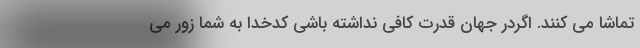
تماشا مي كنند. اگردر جهان قدرت كافي نداشته باشي كدخدا به شما زور مي